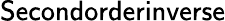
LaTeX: \textsf{Secondorderinverse}